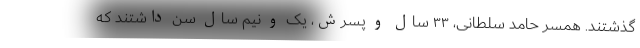
گذشتند. همسر حامد سلطانی، ۳۳ سال و پسرش، یک و نیم سال سن داشتند که